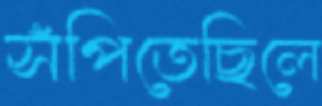
সঁপিতেছিলে